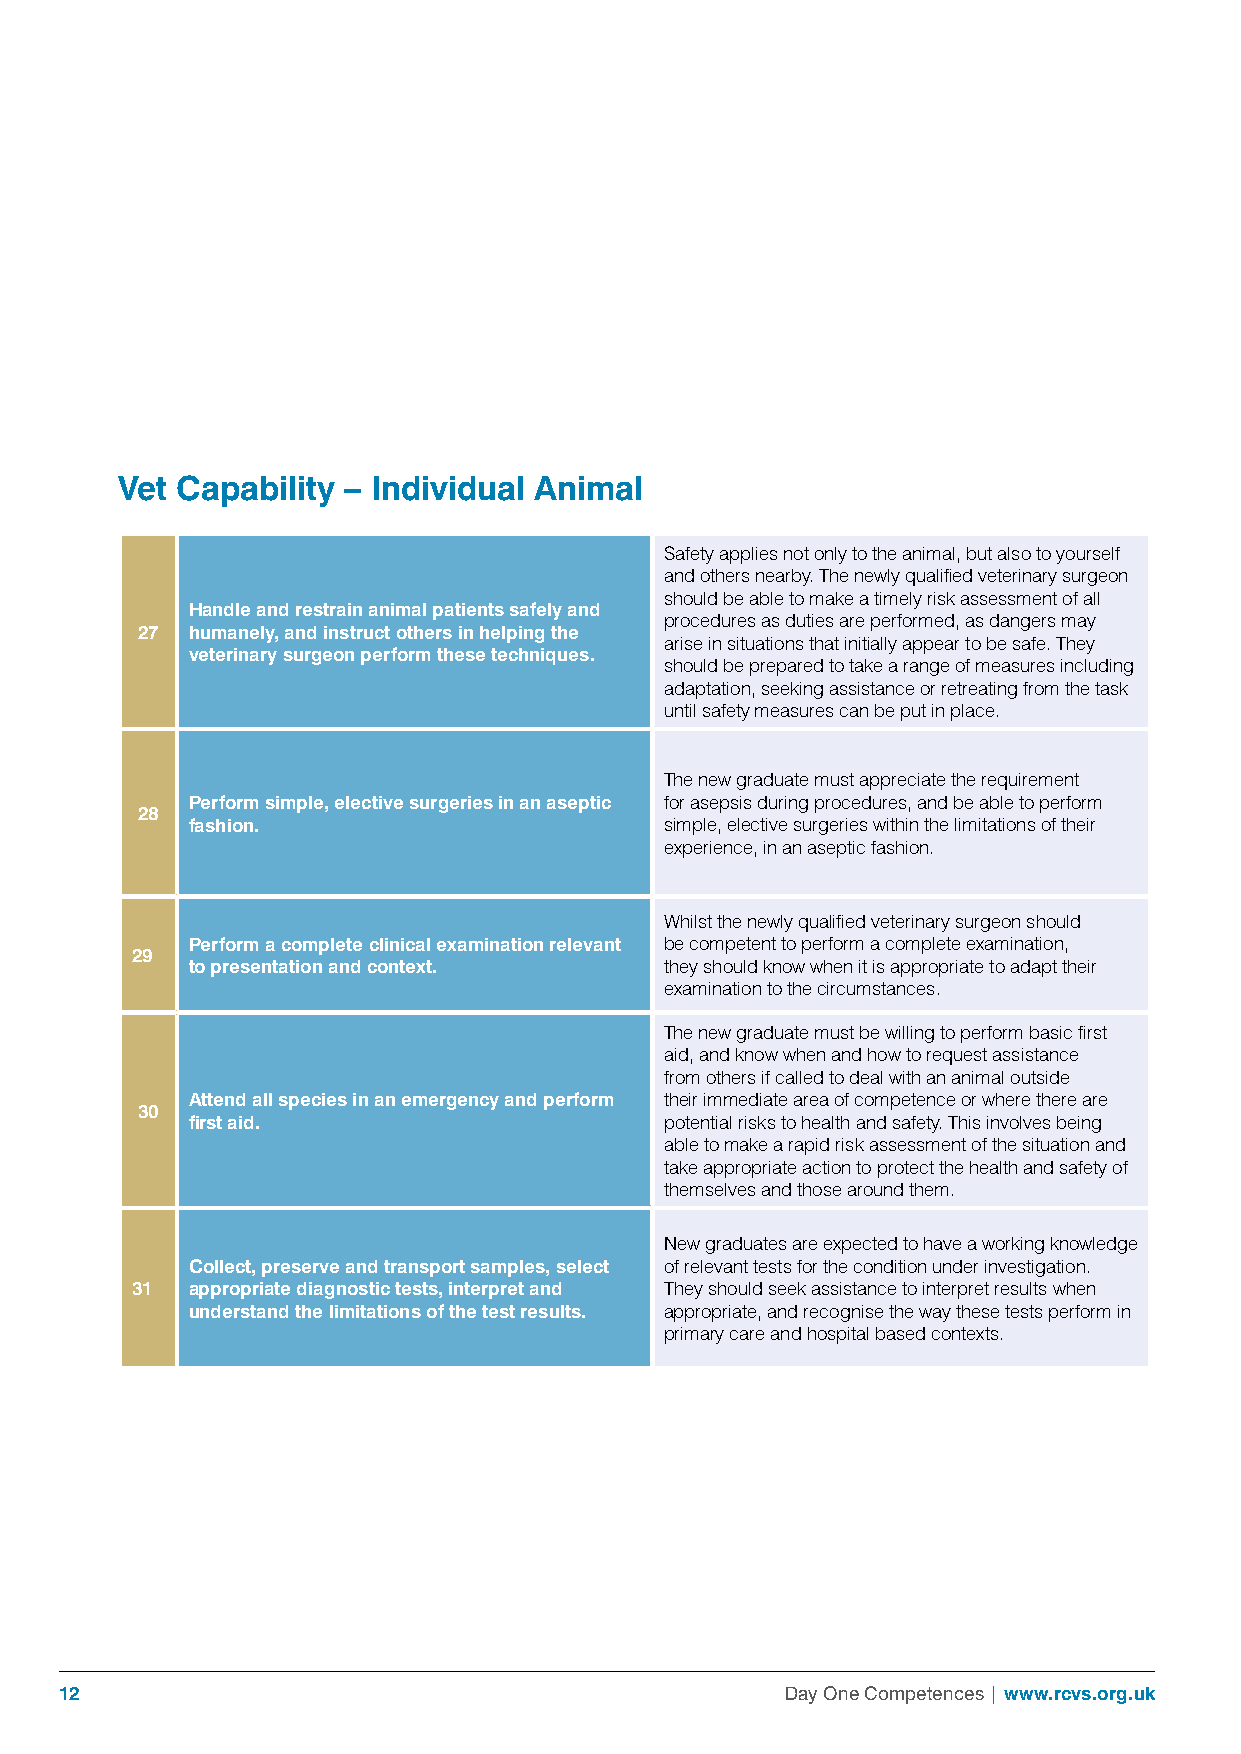
Vet Capability – Individual Animal
 Safety applies not only to the animal, but also to yourself
 and others nearby. The newly qualified veterinary surgeon
 should be able to make a timely risk assessment of all
 Handle and restrain animal patients safely and
 procedures as duties are performed, as dangers may
 27 humanely, and instruct others in helping the
 arise in situations that initially appear to be safe. They
 veterinary surgeon perform these techniques.
 should be prepared to take a range of measures including
 adaptation, seeking assistance or retreating from the task
 until safety measures can be put in place.
 The new graduate must appreciate the requirement
 Perform simple, elective surgeries in an aseptic for asepsis during procedures, and be able to perform
 28
 fashion.                        simple, elective surgeries within the limitations of their
 experience, in an aseptic fashion.
 Whilst the newly qualified veterinary surgeon should
 Perform a complete clinical examination relevant be competent to perform a complete examination,
 29
 to presentation and context.    they should know when it is appropriate to adapt their
 examination to the circumstances.
 The new graduate must be willing to perform basic first
 aid, and know when and how to request assistance
 from others if called to deal with an animal outside
 Attend all species in an emergency and perform their immediate area of competence or where there are
 30
 first aid.                      potential risks to health and safety. This involves being
 able to make a rapid risk assessment of the situation and
 take appropriate action to protect the health and safety of
 themselves and those around them.
 New graduates are expected to have a working knowledge
 Collect, preserve and transport samples, select of relevant tests for the condition under investigation.
 31 appropriate diagnostic tests, interpret and They should seek assistance to interpret results when
 understand the limitations of the test results. appropriate, and recognise the way these tests perform in
 primary care and hospital based contexts.
 12                                              Day One Competences | www.rcvs.org.uk